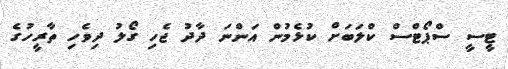
ޓީސީ ސްޕޯޓްސް ކްލަބަށް ކުޅެމުން އަންނަ ދާދު ޖެހި ގޯލު ދިވެހި ތާރީހުގެ